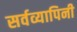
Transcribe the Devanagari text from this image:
सर्वव्यापिनी